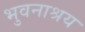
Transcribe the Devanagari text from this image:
भुवनाश्रय